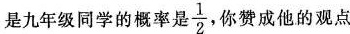
是九年级同学的概率是\frac{1}{2}你赞成他的观点